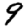
Digit: 9